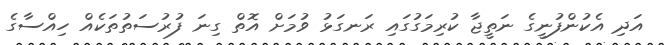
އަދި އެކުންފުނީގެ ނަތީޖާ ކުރިމަގުގައި ރަނގަޅު ވުމަށް އޮތް ގިނަ ފުރުސަތުތަކެއް ހިއްސާގެ